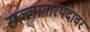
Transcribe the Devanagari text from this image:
सल्लागारपदावर